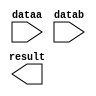
// megafunction wizard: %LPM_MULT%VBB%
// GENERATION: STANDARD
// VERSION: WM1.0
// MODULE: lpm_mult 

// ============================================================
// Megafunction Name(s):
// 			lpm_mult
//
// Simulation Library Files(s):
// 			lpm
// ============================================================
// ************************************************************
// THIS IS A WIZARD-GENERATED FILE. DO NOT EDIT THIS FILE!
//
// 11.0 Build 157 04/27/2011 SJ Full Version
// ************************************************************

//Copyright (C) 1991-2011 Altera Corporation
//Your use of Altera Corporation's design tools, logic functions 
//and other software and tools, and its AMPP partner logic 
//functions, and any output files from any of the foregoing 
//(including device programming or simulation files), and any 
//associated documentation or information are expressly subject 
//to the terms and conditions of the Altera Program License 
//Subscription Agreement, Altera MegaCore Function License 
//Agreement, or other applicable license agreement, including, 
//without limitation, that your use is for the sole purpose of 
//programming logic devices manufactured by Altera and sold by 
//Altera or its authorized distributors.  Please refer to the 
//applicable agreement for further details.

module mult (
	dataa,
	datab,
	result);

	input	[11:0]  dataa;
	input	[11:0]  datab;
	output	[23:0]  result;

endmodule

// ============================================================
// CNX file retrieval info
// ============================================================
// Retrieval info: PRIVATE: AutoSizeResult NUMERIC "1"
// Retrieval info: PRIVATE: B_isConstant NUMERIC "0"
// Retrieval info: PRIVATE: ConstantB NUMERIC "0"
// Retrieval info: PRIVATE: INTENDED_DEVICE_FAMILY STRING "Cyclone II"
// Retrieval info: PRIVATE: LPM_PIPELINE NUMERIC "4"
// Retrieval info: PRIVATE: Latency NUMERIC "0"
// Retrieval info: PRIVATE: SYNTH_WRAPPER_GEN_POSTFIX STRING "0"
// Retrieval info: PRIVATE: SignedMult NUMERIC "0"
// Retrieval info: PRIVATE: USE_MULT NUMERIC "1"
// Retrieval info: PRIVATE: ValidConstant NUMERIC "1"
// Retrieval info: PRIVATE: WidthA NUMERIC "12"
// Retrieval info: PRIVATE: WidthB NUMERIC "12"
// Retrieval info: PRIVATE: WidthP NUMERIC "24"
// Retrieval info: PRIVATE: aclr NUMERIC "0"
// Retrieval info: PRIVATE: clken NUMERIC "0"
// Retrieval info: PRIVATE: new_diagram STRING "1"
// Retrieval info: PRIVATE: optimize NUMERIC "0"
// Retrieval info: LIBRARY: lpm lpm.lpm_components.all
// Retrieval info: CONSTANT: LPM_HINT STRING "MAXIMIZE_SPEED=5"
// Retrieval info: CONSTANT: LPM_REPRESENTATION STRING "UNSIGNED"
// Retrieval info: CONSTANT: LPM_TYPE STRING "LPM_MULT"
// Retrieval info: CONSTANT: LPM_WIDTHA NUMERIC "12"
// Retrieval info: CONSTANT: LPM_WIDTHB NUMERIC "12"
// Retrieval info: CONSTANT: LPM_WIDTHP NUMERIC "24"
// Retrieval info: USED_PORT: dataa 0 0 12 0 INPUT NODEFVAL "dataa[11..0]"
// Retrieval info: USED_PORT: datab 0 0 12 0 INPUT NODEFVAL "datab[11..0]"
// Retrieval info: USED_PORT: result 0 0 24 0 OUTPUT NODEFVAL "result[23..0]"
// Retrieval info: CONNECT: @dataa 0 0 12 0 dataa 0 0 12 0
// Retrieval info: CONNECT: @datab 0 0 12 0 datab 0 0 12 0
// Retrieval info: CONNECT: result 0 0 24 0 @result 0 0 24 0
// Retrieval info: GEN_FILE: TYPE_NORMAL mult.v TRUE
// Retrieval info: GEN_FILE: TYPE_NORMAL mult.inc FALSE
// Retrieval info: GEN_FILE: TYPE_NORMAL mult.cmp FALSE
// Retrieval info: GEN_FILE: TYPE_NORMAL mult.bsf FALSE
// Retrieval info: GEN_FILE: TYPE_NORMAL mult_inst.v FALSE
// Retrieval info: GEN_FILE: TYPE_NORMAL mult_bb.v TRUE
// Retrieval info: LIB_FILE: lpm